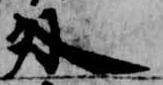
外